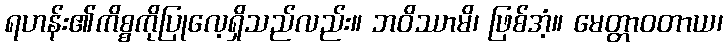
ရဟန်း၏ကိစ္စကိုပြုလေ့ရှိသည်လည်း။ ဘဝိဿာမိ၊ ဖြစ်အံ့။ မေတ္တာဝတာယ၊